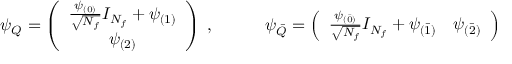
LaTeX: \psi _ { Q } = \left( \begin{array} { c } { { \frac { \psi _ { ( 0 ) } } { \sqrt { N _ { f } } } I _ { N _ { f } } + \psi _ { ( 1 ) } } } \\ { { \psi _ { ( 2 ) } } } \end{array} \right) \; , \qquad \quad \psi _ { \bar { Q } } = \left( \begin{array} { c c } { { \frac { \psi _ { ( \bar { 0 } ) } } { \sqrt { N _ { f } } } I _ { N _ { f } } + \psi _ { ( \bar { 1 } ) } } } & { { \psi _ { ( \bar { 2 } ) } } } \end{array} \right)